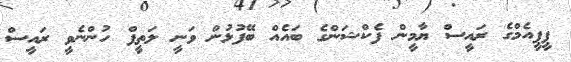
ޕީޕީއެމްގެ ރައީސް ޔާމީން ފެކްޝަންގެ ބައެއް ބޭފުޅުން ވަނީ ލަތީފް ހުންނެވީ ރައީސް